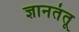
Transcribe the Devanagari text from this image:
ज्ञानतंतू